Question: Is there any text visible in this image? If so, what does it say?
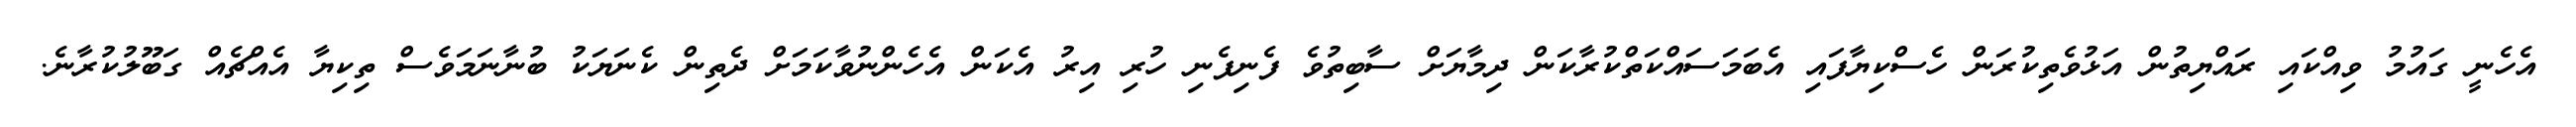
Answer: އެހެނީ ގައުމު ވިއްކައި ރައްޔިތުން އަޅުވެތިކުރަން ހެސްކިޔާފައި އެބަމަސައްކަތްކުރާކަން ދިމާޔަށް ސާބިތުވެ ފެނިފެނި ހުރި އިރު އެކަން އެހެންނުވާކަމަށް ދެތިން ކެނަޔަކު ބުނާނަމަވެސް ތިކިޔާ އެއްޗެއް ގަބޫލުކުރާނެ.